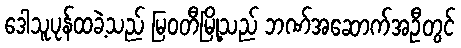
ဒေါသူပုန်ထခဲ့သည် မြဝတီမြို့သည် ဘဏ်အဆောက်အဦတွင်